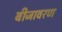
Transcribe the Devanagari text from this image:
बीजावरण